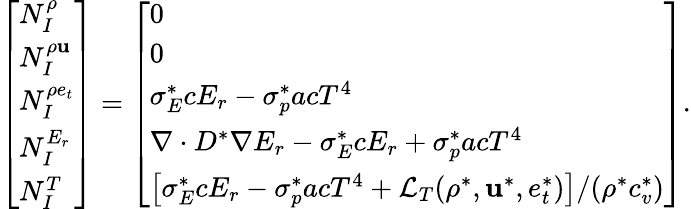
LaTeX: \left[\begin{array}{l}{N_{I}^{\rho}}\\ {N_{I}^{\rho\mathbf{u}}}\\ {N_{I}^{\rho e_{t}}}\\ {N_{I}^{E_{r}}}\\ {N_{I}^{T}}\end{array}\right]=\left[\begin{array}{l}{0}\\ {0}\\ {\sigma_{E}^{*}cE_{r}-\sigma_{p}^{*}acT^{4}}\\ {\nabla\cdot D^{*}\nabla E_{r}-\sigma_{E}^{*}cE_{r}+\sigma_{p}^{*}acT^{4}}\\ {\left[\sigma_{E}^{*}cE_{r}-\sigma_{p}^{*}acT^{4}+\mathcal{L}_{T}(\rho^{*},\mathbf{u}^{*},e_{t}^{*})\right]/(\rho^{*}c_{v}^{*})}\end{array}\right].